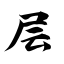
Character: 层